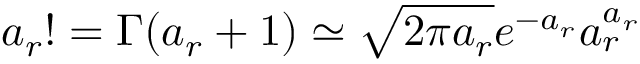
a _ { r } ! = \Gamma ( a _ { r } + 1 ) \simeq \sqrt { 2 \pi a _ { r } } e ^ { - a _ { r } } a _ { r } ^ { a _ { r } }